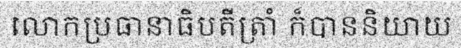
លោកប្រធានាធិបតីត្រាំ ក៏បាននិយាយ